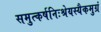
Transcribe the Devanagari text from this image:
समुत्कर्षनिःश्रेयस्यैकमुग्रं